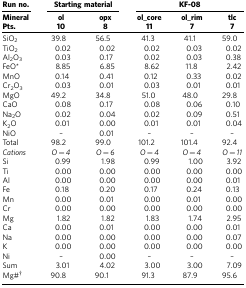
| Run no. | <COLSPAN=2> Starting material | <COLSPAN=3> KF-08 |
 | Mineral | ol | opx | ol_core | ol_rim | tlc |
 | Pts. | 10 | 8 | 11 | 7 | 7 |
 | --- | --- | --- | --- | --- | --- |
 | SiO2 | 39.8 | 56.5 | 41.3 | 41.1 | 59.0 |
 | TiO2 | 0.02 | 0.02 | 0.02 | 0.03 | 0.02 |
 | Al2O3 | 0.03 | 0.17 | 0.02 | 0.03 | 0.38 |
 | FeO* | 8.85 | 6.85 | 8.62 | 11.8 | 2.42 |
 | MnO | 0.14 | 0.41 | 0.12 | 0.33 | 0.02 |
 | Cr2O3 | 0.03 | 0.01 | 0.03 | 0.01 | 0.01 |
 | MgO | 49.2 | 34.8 | 51.0 | 48.0 | 29.8 |
 | CaO | 0.08 | 0.17 | 0.08 | 0.06 | 0.10 |
 | Na2O | 0.02 | 0.04 | 0.02 | 0.09 | 0.51 |
 | K2O | 0.01 | 0.00 | 0.01 | 0.01 | 0.04 |
 | NiO | – | 0.01 | – | – | – |
 | Total | 98.2 | 99.0 | 101.2 | 101.4 | 92.4 |
 | Cations | O=4 | O=6 | O=4 | O=4 | O=11 |
 | Si | 0.99 | 1.98 | 0.99 | 1.00 | 3.92 |
 | Ti | 0.00 | 0.00 | 0.00 | 0.00 | 0.00 |
 | Al | 0.00 | 0.00 | 0.00 | 0.00 | 0.01 |
 | Fe | 0.18 | 0.20 | 0.17 | 0.24 | 0.13 |
 | Mn | 0.00 | 0.01 | 0.00 | 0.01 | 0.00 |
 | Cr | 0.00 | 0.00 | 0.00 | 0.00 | 0.00 |
 | Mg | 1.82 | 1.82 | 1.83 | 1.74 | 2.95 |
 | Ca | 0.00 | 0.01 | 0.00 | 0.00 | 0.01 |
 | Na | 0.00 | 0.00 | 0.00 | 0.00 | 0.07 |
 | K | 0.00 | 0.00 | 0.00 | 0.00 | 0.00 |
 | Ni | – | 0.00 | – | – | – |
 | Sum | 3.01 | 4.02 | 3.00 | 3.00 | 7.09 |
 | Mg#† | 90.8 | 90.1 | 91.3 | 87.9 | 95.6 |